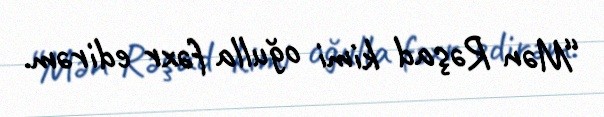
“Mən Rəşad kimi oğulla fəxr edirəm.